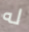
له